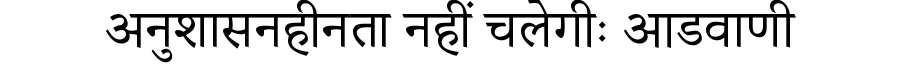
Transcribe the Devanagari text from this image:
अनुशासनहीनता नहीं चलेगीः आडवाणी